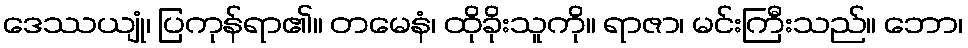
ဒေဿယျုံ၊ ပြကုန်ရာ၏။ တမေနံ၊ ထိုခိုးသူကို။ ရာဇာ၊ မင်းကြီးသည်။ ဘော၊